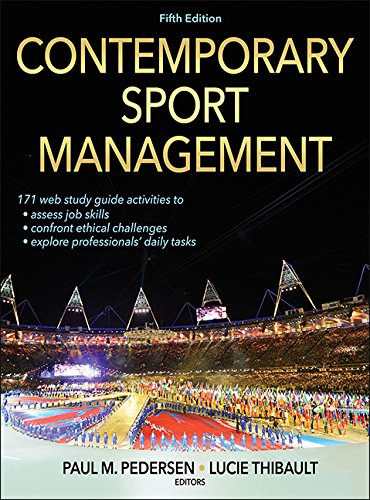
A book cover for Contemporary Sport Management-5th Edition With Web Study Guide; Business & Money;